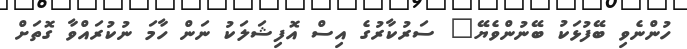
ހުންނެވި ބޭފުޅަކު ބޭނުންވެޔޭ" ސަރުކާރުގެ އިސް އޮފިޝަލަކު ނަން ހާމަ ނުކުރައްވާ ގޮތަށް